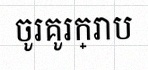
ចូរគូរក្រាប